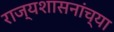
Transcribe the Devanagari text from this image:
राज्यशासनांच्या